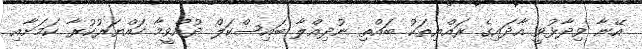
އޭނާ ވިދާޅުވީ އާދައިގެ ރައްޔިތަކު ބައްތި ނުދިއްލާ ބައިސްކަލް ދުއްވީމާ ހައްޔަރުކުރާ ކަމަށާއި